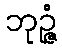
ဘုဉ္ဇံ